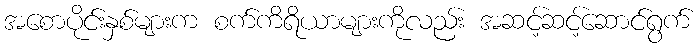
အစောပိုင်းနှစ်များက စက်ကိရိယာများကိုလည်း အဆင့်ဆင့်ဆောင်ရွက်